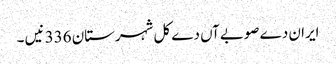
ایران دے صوبےآں دے کل شہرستان 336 نیں ۔